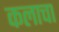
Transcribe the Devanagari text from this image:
कलाचा